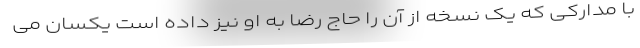
با مدارکی که یک نسخه از آن را حاج رضا به او نیز داده است یکسان می